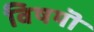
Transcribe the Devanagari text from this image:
विषयॊं